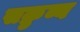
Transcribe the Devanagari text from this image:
सक्रुब्ब